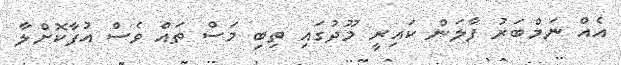
އެއް ނަމްބަރު ފާލަން ކައިރީ މޫދުގައި ތިބި މަސް ތައް ވެސް އުފާކޮށްލާ